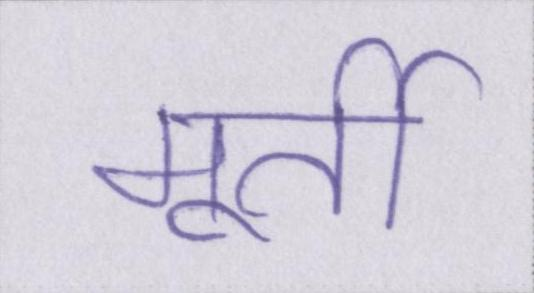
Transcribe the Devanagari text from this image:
मूर्ती